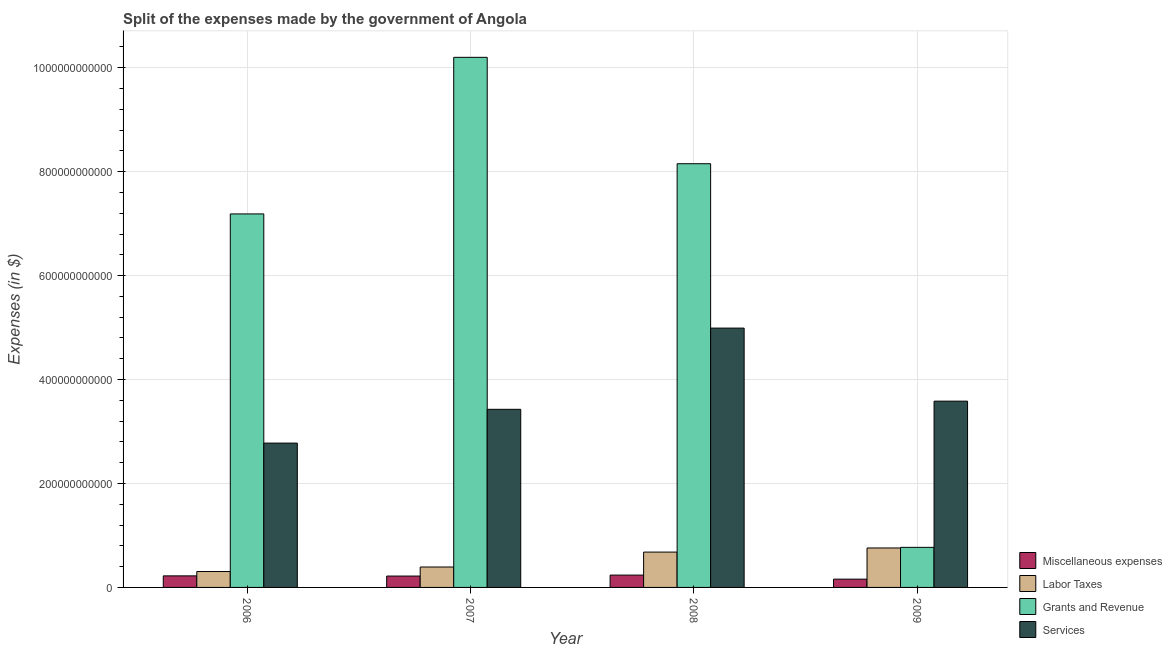
| Year | Miscellaneous expenses | Labor Taxes | Grants and Revenue | Services |
 | --- | --- | --- | --- | --- |
 | 2006 | 2.22e+10 | 3.06e+10 | 7.19e+11 | 2.78e+11 |
 | 2007 | 2.19e+10 | 3.93e+10 | 1.02e+12 | 3.43e+11 |
 | 2008 | 2.38e+10 | 6.8e+10 | 8.15e+11 | 4.99e+11 |
 | 2009 | 1.59e+10 | 7.59e+10 | 7.71e+10 | 3.58e+11 |